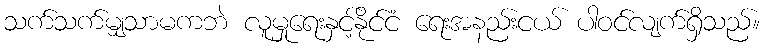
သက်သက်မျှသာမကဘဲ လူမှုရေးနှင့်နိုင်ငံ ရေးအနည်းငယ် ပါဝင်လျက်ရှိသည်။